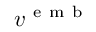
v ^ { \mathrm { ~ e ~ m ~ b ~ } }